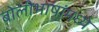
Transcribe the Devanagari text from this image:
बोलीभाषांमध्ये